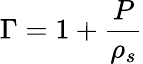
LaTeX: \Gamma=1+\frac P{\rho_{s}}